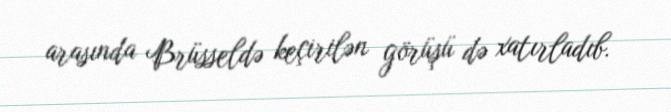
arasında Brüsseldə keçirilən görüşü də xatırladıb.